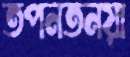
তপনতনয়া